Piroplasma canis and its life cycle in the tick - Number 29
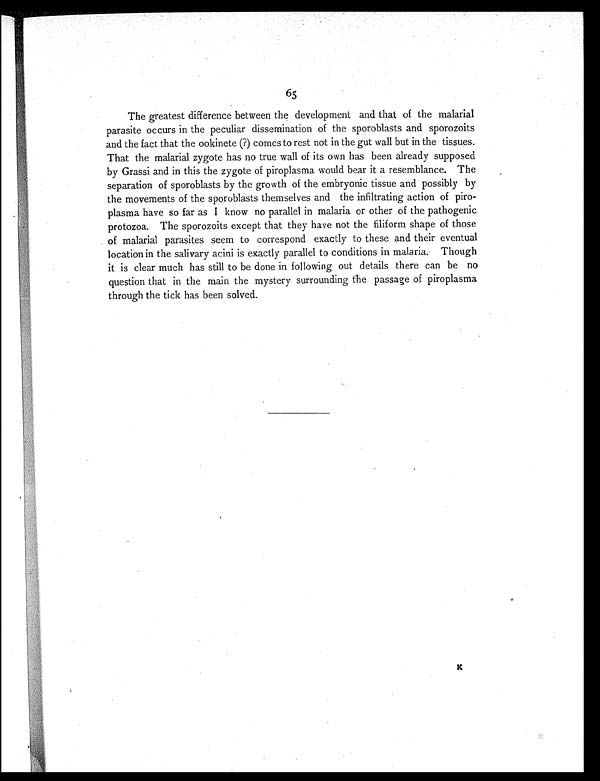
65
The greatest difference between the development and that of the malarial
parasite occurs in the peculiar dissemination of the sporoblasts and sporozoits
and the fact that the ookinete (?) comes to rest not in the gut wall but in the tissues.
That the malarial zygote has no true wall of its own has been already supposed
by Grassi and in this the zygote of piroplasma would bear it a resemblance. The
separation of sporoblasts by the growth of the embryonic tissue and possibly by
the movements of the sporoblasts themselves and the infiltrating action of piro-
plasma have so far as I know no parallel in malaria or other of the pathogenic
protozoa. The sporozoits except that they have not the filiform shape of those
of malarial parasites seem to correspond exactly to these and their eventual
location in the salivary acini is exactly parallel to conditions in malaria. Though
it is clear much has still to be done in following out details there can be no
question that in the main the mystery surrounding the passage of piroplasma
through the tick has been solved.